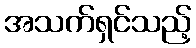
အသက်ရှင်သည့်